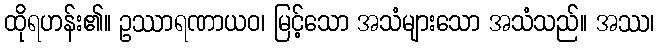
ထိုရဟန်း၏။ ဥဿာရဏာယဝ၊ မြင့်သော အသံများသော အသံသည်။ အဿ၊